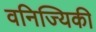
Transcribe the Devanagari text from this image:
वनिज्यिकी